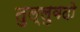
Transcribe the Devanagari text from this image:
तुल्लुवदो